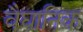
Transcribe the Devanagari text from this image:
वैघानिक